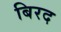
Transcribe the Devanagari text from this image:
बिरद